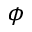
\boldsymbol { \phi }